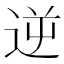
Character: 逆